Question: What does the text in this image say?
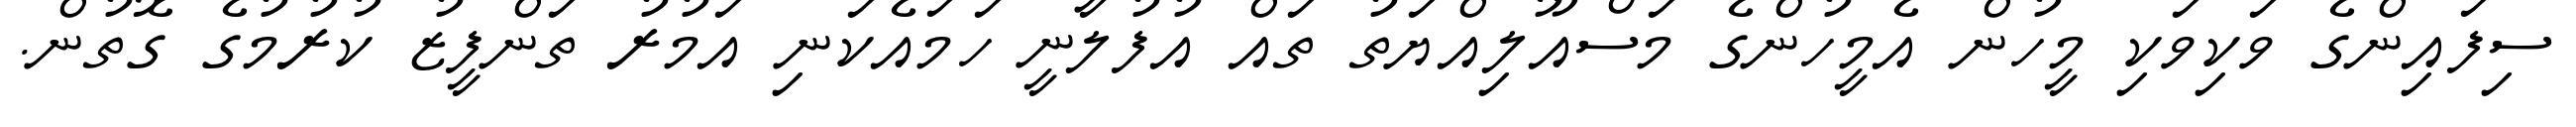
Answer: ސިފައިންގެ ވަކިވަކި މީހުން އެމީހުންގެ މަސްއޫލިއްޔަތު ތައް އުފުލާނީ ހަމައެކަނި އަމުރު ތަންފީޒު ކުރުމުގެ ގޮތުން.